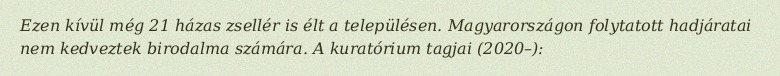
Ezen kívül még 21 házas zsellér is élt a településen. Magyarországon folytatott hadjáratai nem kedveztek birodalma számára. A kuratórium tagjai (2020–):